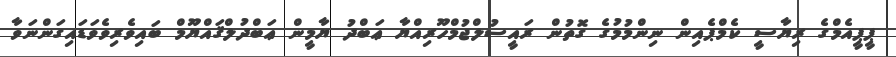
ޕީޕީއެމްގެ ރިޔާސީ ކެމްޕެއިން ނިންމުމުގެ ގޮތުން ރައީސުލްޖުމްހޫރިއްޔާ ޢަބްދު ޔާމީން ޢަބްދުލްޤައްޔޫމް ބައިވެރިވެވަޑައިގަންނަވާ